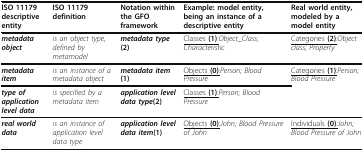
<table><thead><tr><td><b>ISO 11179 descriptive entity</b></td><td><b>ISO 11179 definition</b></td><td><b>Notation within the GFO framework</b></td><td><b>Example: model entity, being an instance of a descriptive entity</b></td><td><b>Real world entity, modeled by a model entity</b></td></tr></thead><tbody><tr><td><b><i>metadata object</i></b></td><td><i>is an object type</i>, <i>defined by metamodel</i></td><td><i><b>metadata type</b></i><b>(2)</b></td><td><underline>Classes <b>(1)</b>:</underline><i>Object_Class;Characteristic</i></td><td><underline>Categories <b>(2)</b>:</underline><i>Object class; Property</i></td></tr><tr><td><b><i>metadata item</i></b></td><td><i>is an instance of a metadata object</i></td><td><i><b>metadata item</b></i><b>(1)</b></td><td><underline>Objects <b>(0)</b>:</underline><i>Person; Blood Pressure</i></td><td><underline>Categories <b>(1)</b>:</underline><i>Person; Blood Pressure</i></td></tr><tr><td><b><i>type of application level data</i></b></td><td><i>is specified by a metadata item</i></td><td><i><b>application level data type</b></i><b>(2)</b></td><td><underline>Classes <b>(1)</b>:</underline><i>Person; Blood Pressure</i></td><td></td></tr><tr><td><b><i>real world data</i></b></td><td><i>is an instance of application level data type</i></td><td><i><b>application level data item</b></i><b>(1)</b></td><td><underline>Objects <b>(0)</b>:</underline><i>John; Blood Pressure of John</i></td><td><underline>Individuals <b>(0)</b>:</underline><i>John; Blood Pressure of John</i></td></tr></tbody></table>